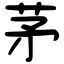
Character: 茅